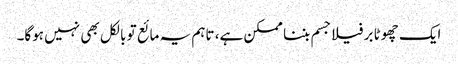
ایک چھوٹا برفیلا جسم بننا ممکن ہے، تاہم یہ مائع تو بالکل بھی نہیں ہوگا۔